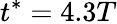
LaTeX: t^{*}=4.3T